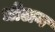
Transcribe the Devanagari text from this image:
धोलन